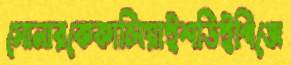
সোনারকেকালিয়াইশডিইপিজে